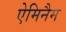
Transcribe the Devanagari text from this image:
ऐमिनैम